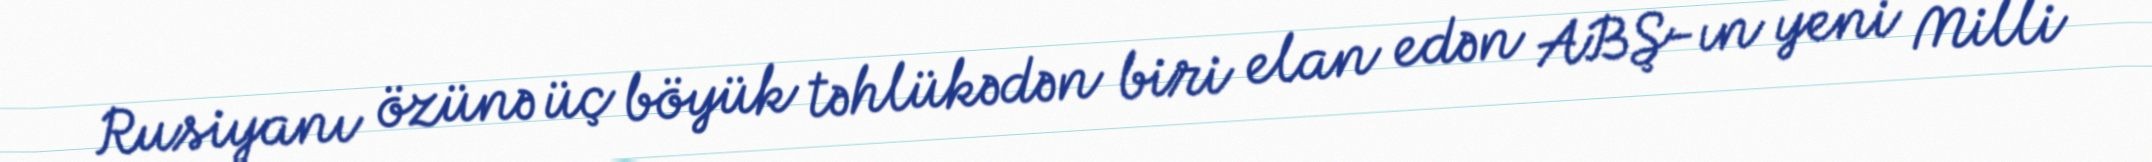
Rusiyanı özünə üç böyük təhlükədən biri elan edən ABŞ-ın yeni Milli